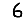
Digit: 6